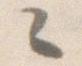
々